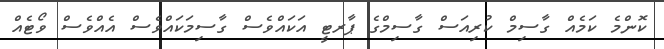
ކޮންމެ ކަމެއް ގާސިމް ކުރިއަސް ގާސިމްގެ ޕާރޓީ އަކައްވެސް ގާސިިމަކައްވެސް އެއްވެސް ވޯޓެއް